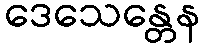
ဒေသေန္တေန